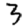
Digit: 3